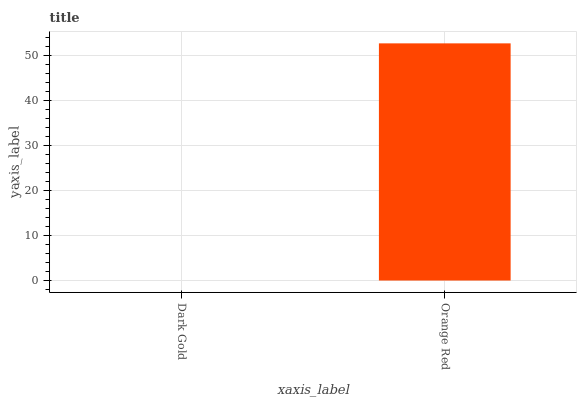
| xaxis_label | bars |
 | --- | --- |
 | Dark Gold | 0 |
 | Orange Red | 52.8 |